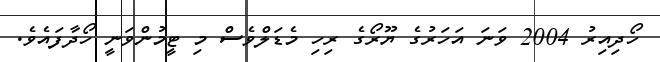
ހޯދިއިރު 2004 ވަނަ އަހަރުގެ ޔޫރޯގެ ރިހި މެޑަލްވެސް މި ޓީމުންވަނީ ހޯދާފައެވެ.